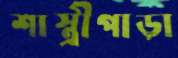
শাস্ত্রীপাড়া